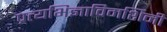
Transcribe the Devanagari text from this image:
प्रत्यभिज्ञाविमर्शिनी